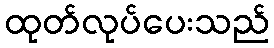
ထုတ်လုပ်ပေးသည်